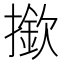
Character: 撳